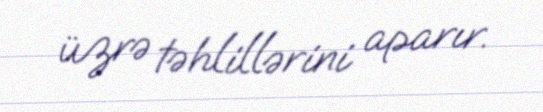
üzrə təhlillərini aparır.